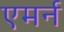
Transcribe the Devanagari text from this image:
एमर्न